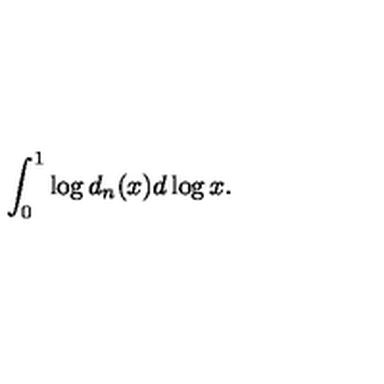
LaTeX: \int _ { 0 } ^ { 1 } \log d _ { n } ( x ) d \log x .